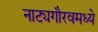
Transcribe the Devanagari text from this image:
नाट्यगौरवमध्ये